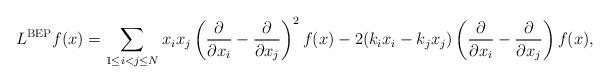
LaTeX: \begin{align*} L^{\mathrm{BEP}} f(x) = \sum_{1 \leq i<j \leq N} x_i x_j \left( \frac{\partial}{\partial x_i} - \frac{\partial}{\partial x_j} \right)^2f(x) - 2(k_i x_i - k_j x_j) \left( \frac{\partial}{\partial x_i} - \frac{\partial}{\partial x_j} \right) f(x),\end{align*}